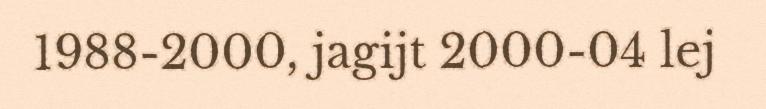
1988-2000, jagijt 2000-04 lej